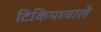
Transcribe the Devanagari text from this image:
टिकियावाले